画像に写った文字を読んでください
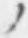
「ノ」と書いてあります